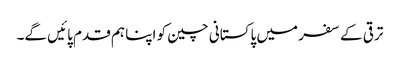
ترقی کے سفر میں پاکستانی چین کو اپنا ہم قدم پائیں گے۔